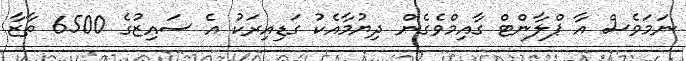
ނަމަވެެސް އާ ޕްލާންޓް ގާއިމްވެގެން ދިޔުމާއެކު ގަޑިއިރަކު އެ ސައިޒުގެ 6500 ތާޒާ